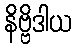
နိဗ္ဗိဒါယ